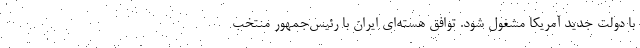
با دولت جدید آمریکا مشغول شود. توافق هسته‌ای ایران با رئیس‌جمهور منتخب